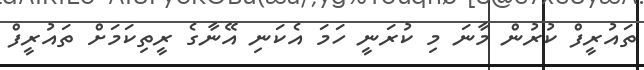
ތައުރީފް ކުރުން މާނަ މި ކުރަނީ ހަމަ އެކަނި އޭނާގެ ރީތިކަމަށް ތައުރީފް